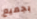
بجميع